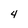
Character: 4